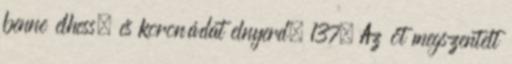
benne élhess, és koronádat elnyerd. 137. Az öt megszentelt